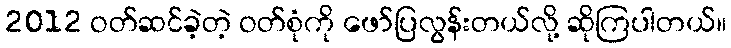
2012 ဝတ်ဆင်ခဲ့တဲ့ ဝတ်စုံကို ဖော်ပြလွန်းတယ်လို့ ဆိုကြပါတယ်။